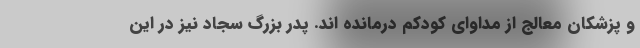
و پزشکان معالج از مداوای کودکم درمانده اند. پدر بزرگ سجاد نیز در این